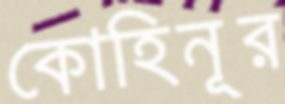
কোহিনূর